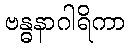
ဗန္ဓနာဂါရိကာ